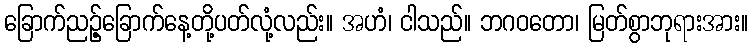
ခြောက်ညဉ့်ခြောက်နေ့တို့ပတ်လုံ့လည်း။ အဟံ၊ ငါသည်။ ဘဂဝတော၊ မြတ်စွာဘုရားအား။